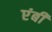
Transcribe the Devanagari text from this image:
एंबी